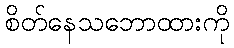
စိတ်နေသဘောထားကို